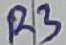
Text: R3